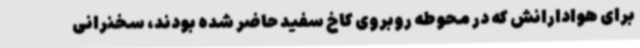
برای هوادارانش که در محوطه روبروی کاخ‌ سفید حاضر شده بودند، سخنرانی